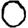
Digit: 0